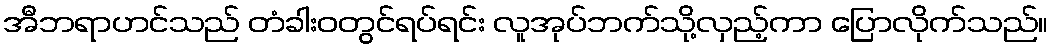
အီဘရာဟင်သည် တံခါးဝတွင်ရပ်ရင်း လူအုပ်ဘက်သို့လှည့်ကာ ပြောလိုက်သည်။